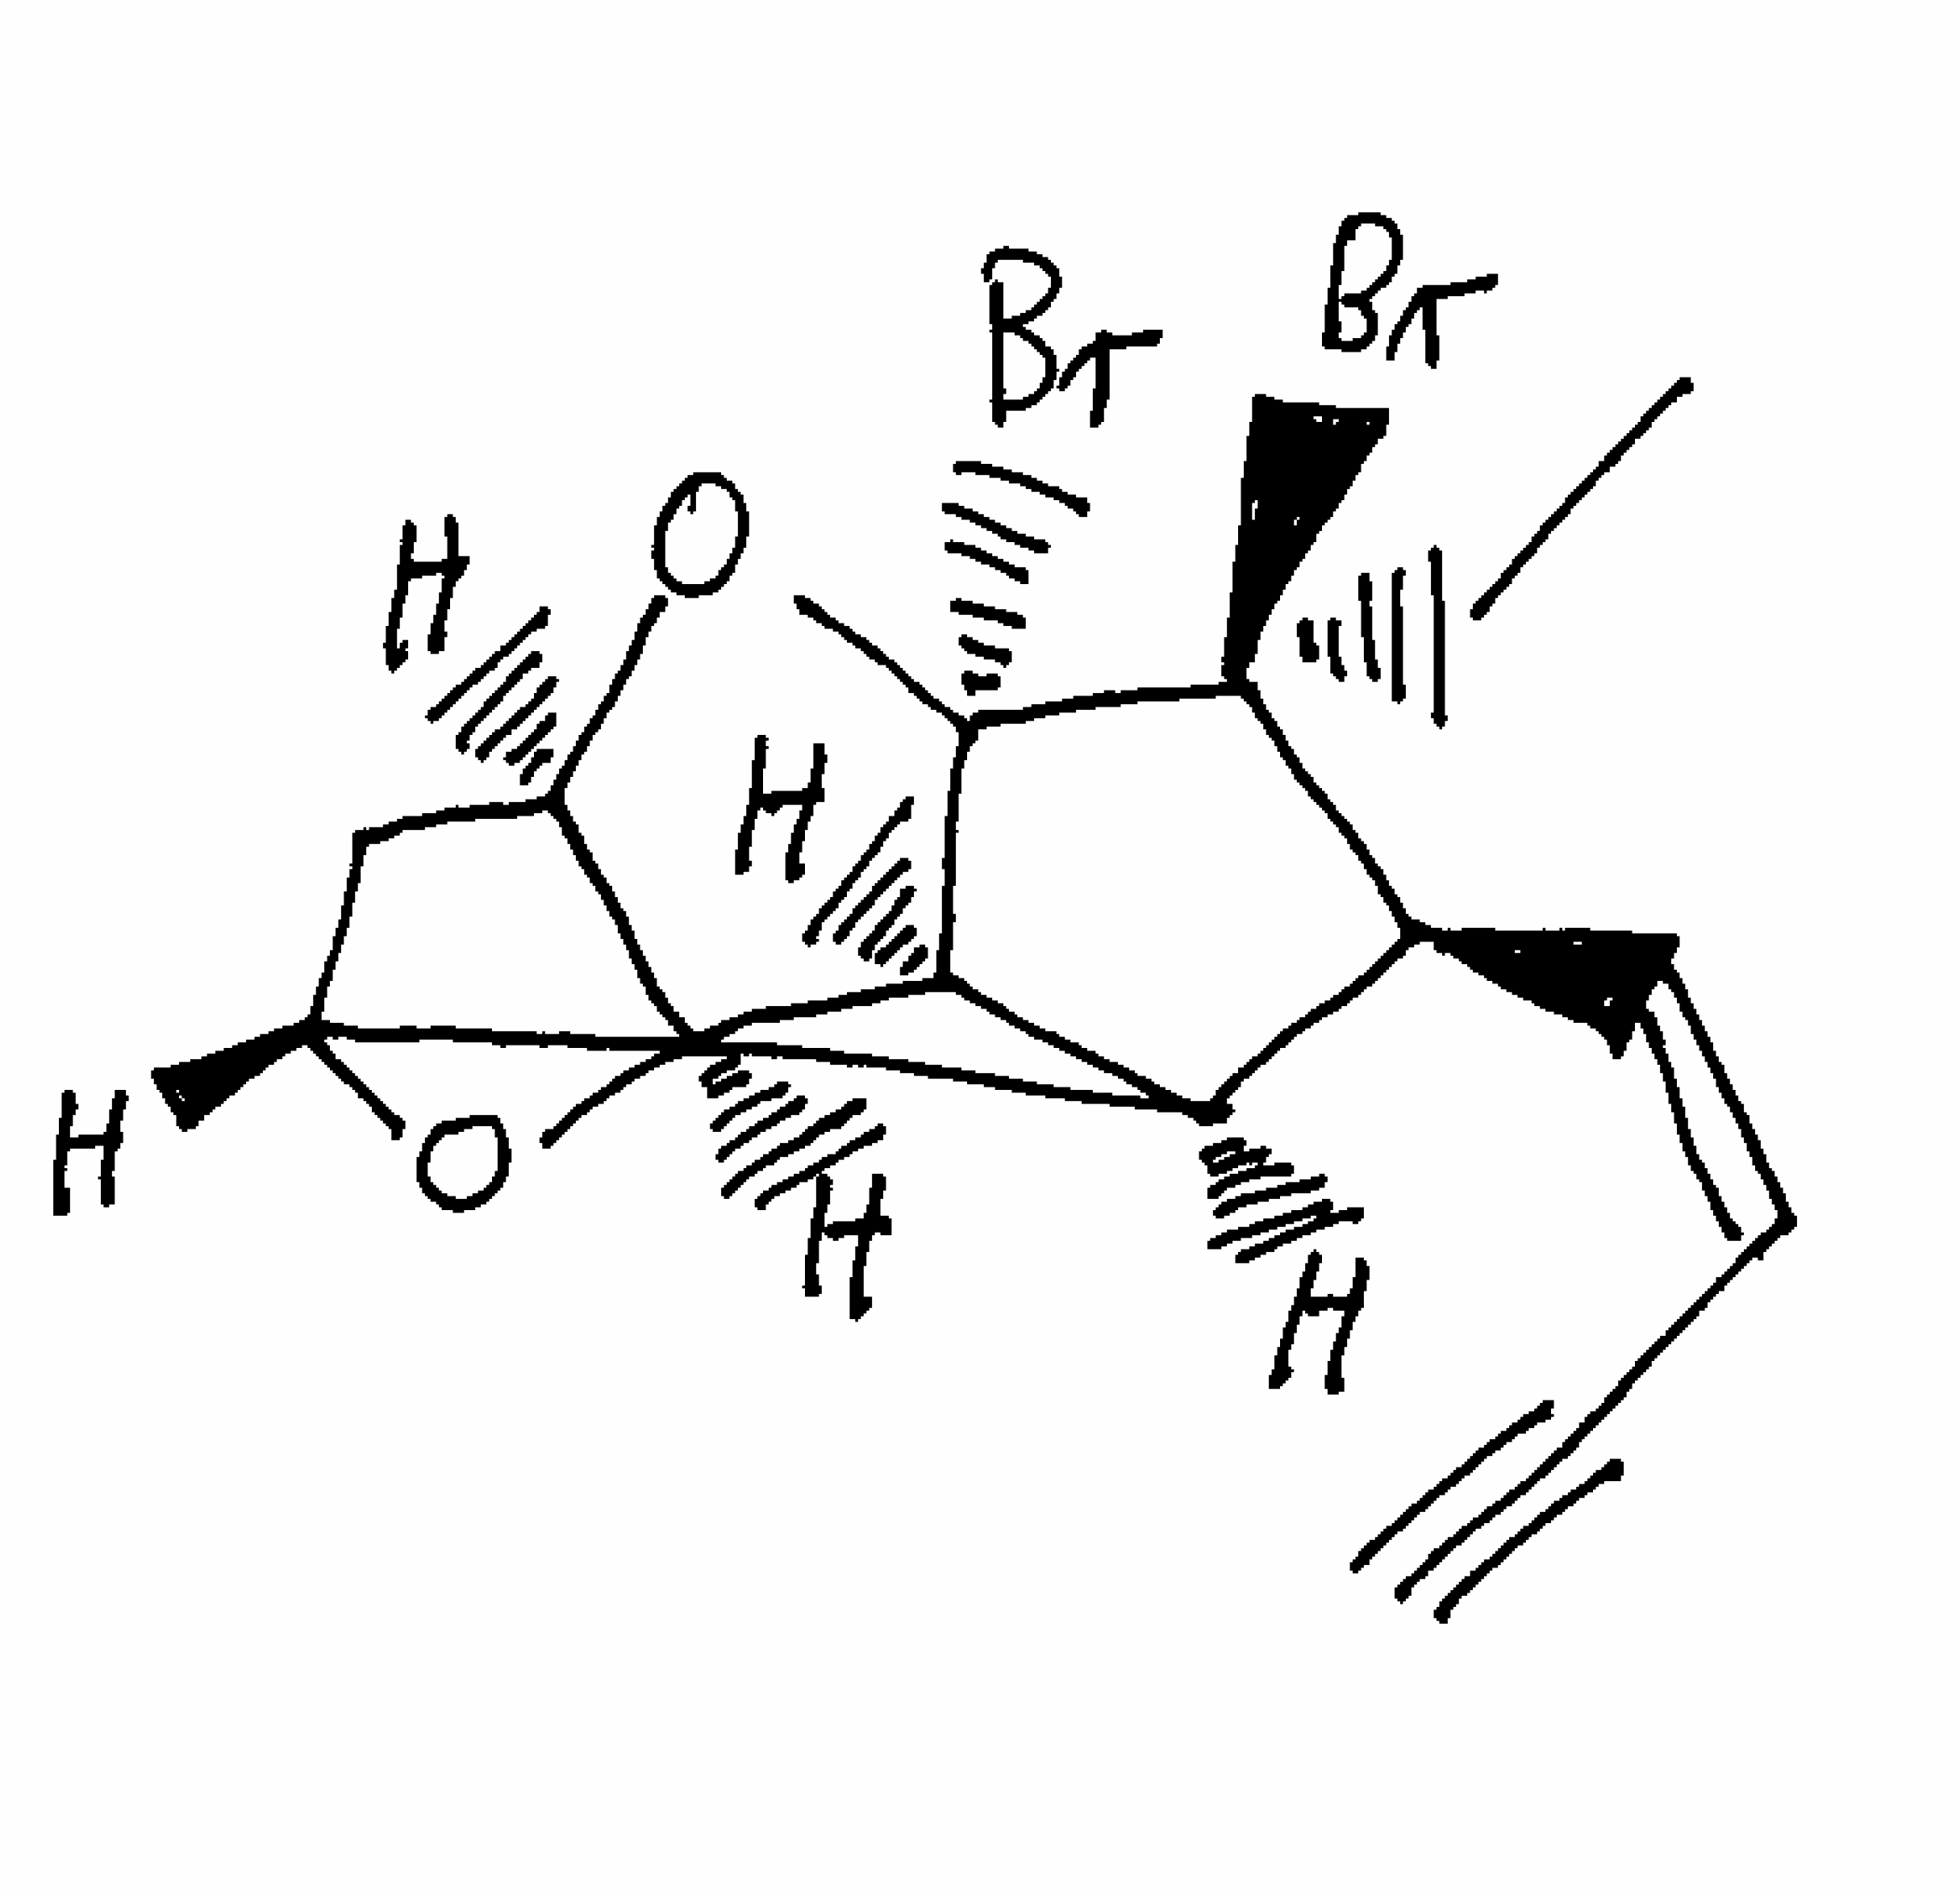
Simplified molecular-input line-entry system (SMILES) notation of the given molecule:
CC[C@@]1([C@H]([C@H]2[C@H]3C[C@@H]4[C@@H]([C@H]2[C@]1(O4)Br)O3)/C=C\C#C)Br